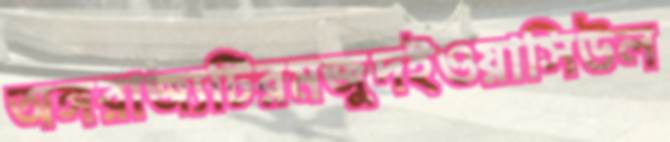
অঙ্গরাজ্যটিরমজুদইওয়াসিউল